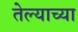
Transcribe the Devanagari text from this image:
तेल्याच्या